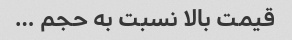
قیمت بالا نسبت به حجم …